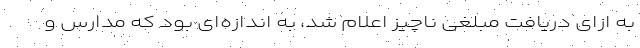
به ازای دریافت مبلغی ناچیز اعلام شد، به اندازه‌ای بود که مدارس و